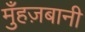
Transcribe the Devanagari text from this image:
मुँहज़बानी